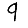
Digit: 9